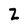
Character: Z